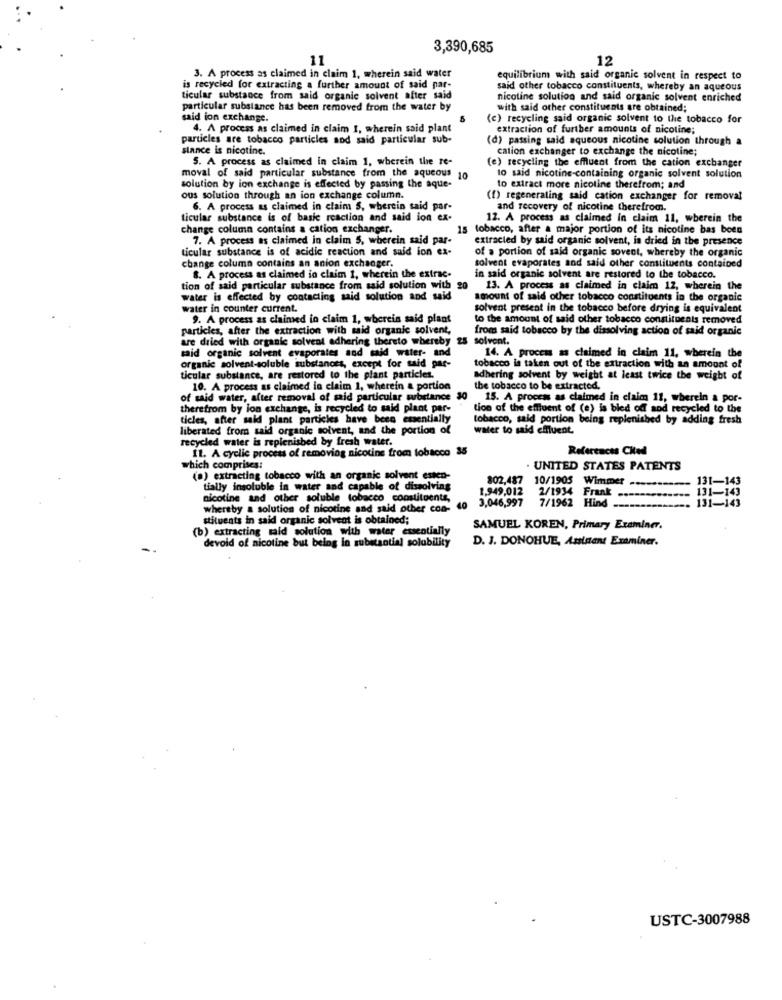
3,390,685
11
12
3. A process as claimed in claim 1, wherein said water
equilibrium with said organic solvent in respect to
is recycled for extracting a further amount of said par-
said other tobacco constituents, whereby an aqueous
ticular substance from said organic solvent after said
nicotine solution and said organic solvent enriched
particular substance has been removed from the water by
with said other constituents are obtained;
said ion exchange.
(c) recycling said organic solvent to the tobacco for
4. A process as claimed in claim 1, wherein said plant
extraction of further amounts of nicotine;
particles are tobacco particles aod said particular sub-
(d) passing said aqueous nicotine solution through a
stance is nicotine.
cation exchanger to exchange the nicotine;
5. A process as claimed in claim 1, wherein the te-
(e) recycling the effluent from the cation exchanger
moval of said particular substance from the aqueous 10
lo said nicotine-containing organic solvent solution
solution by ion exchange is effected by passing the aque-
to extract more nicotine therefrom; and
ous solution through an ion exchange column.
(f) regeneraling said cation exchanger for removal
6. A process as claimed in claim 5, wherein said par-
and recovery of nicotine therefrom.
ticular substance is of basic reaction and said ion ex-
12. A process as claimed in claim 11, wherein the
change column contains a cation exchanger.
15 tobacco, after a major portion of its nicotine bas been
7. A process as claimed in claim 5, wherein said par-
extracted by said organic solvent, is dried in the presence
ticular substance is of acidic reaction and said ion ex-
of a portion of said organic sovent, whereby the organic
change column contains an anion exchanger.
solvent evaporates and said other constituents contained
8. A process as claimed in claim 1, wherein the extrac.
in said organic solvent are restored to the tobacco.
tion of said particular substance from said solution with
13. A process as claimed in claim 12, wherein the
water is effected by contacting said solution and said
amount of said other tobacco constituents in the organic
water in counter current.
solvent present in the tobacco before drying is equivalent
9. A process as claimed in claim 1, wherein said plant
to the amount of said other tobacco constituents removed
particles, after the extraction with said organic solvent,
from said tobacco by the dissolving action of said organic
are dried with organic solvent adhering thereto whereby 25
solvent.
said organic solvent evaporates and said water- and
14. A process as claimed in claim 11, wherein the
organic solvent-soluble substances, except for said par-
tobacco is taken out of the extraction with an amount of
ticular substance, are restored to the plant particles.
adhering solvent by weight at least twice the weight of
10. A process as claimed in claim 1, wherein a portion
the tobacco to be extracted.
of said water, after removal of said particular substance 30
15. A process as claimed in claim 11, wherein a por-
therefrom by ion exchange, is recycled to said plant par-
tion of the effluent of (e) is bled of aod recycled to the
ticles, after said plant particles have been essentially
tobacco, said portion being replenished by adding fresh
liberated from said organic solvent, and the portion of
water to said effluent.
recycled water is replenished by fresh water.
11. A cyclic process of removing nicotine from tobacco 35
References Cked
which comprises:
. UNITED STATES PATENTS
(a) extracting tobacco with an organic solvent esten-
802,487
10/1905 Wimmer --------
131-143
tially insoluble in water and capable of dissolving
1,949,012
2/1934 Frank
131-143
nicotine and other soluble tobacco
obacco constituents,
3,046,997
whereby a solution of nicotine and said other con- 40
7/1962 Hind -------------.
131-143
stituents in said organic solvent is obtained;
(b) extracting said solution with water essentially
SAMUEL KOREN, Primary Examiner.
devoid of nicotine but being in substantial solubility
D. J. DONOHUE, Assistant Examiner.
USTC-3007988